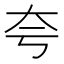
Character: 夸